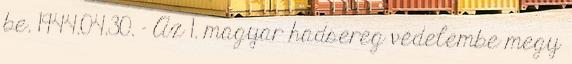
be. 1944.04.30. - Az 1. magyar hadsereg védelembe megy